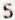
5